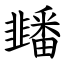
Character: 䪤